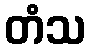
တံသ